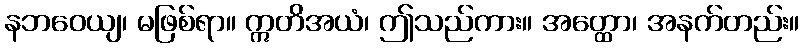
နဘဝေယျ၊ မဖြစ်ရာ။ ဣတိအယံ၊ ဤသည်ကား။ အတ္ထော၊ အနက်တည်း။